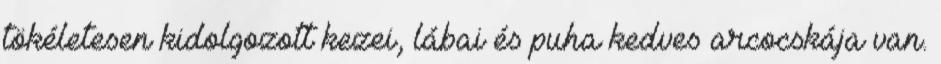
tökéletesen kidolgozott kezei, lábai és puha kedves arcocskája van.